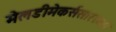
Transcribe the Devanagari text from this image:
मेलडीमेकर्ससारख्या